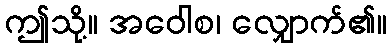
ဤသို့။ အဝေါစ၊ လျှောက်၏။